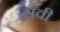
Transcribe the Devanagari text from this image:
सैवी